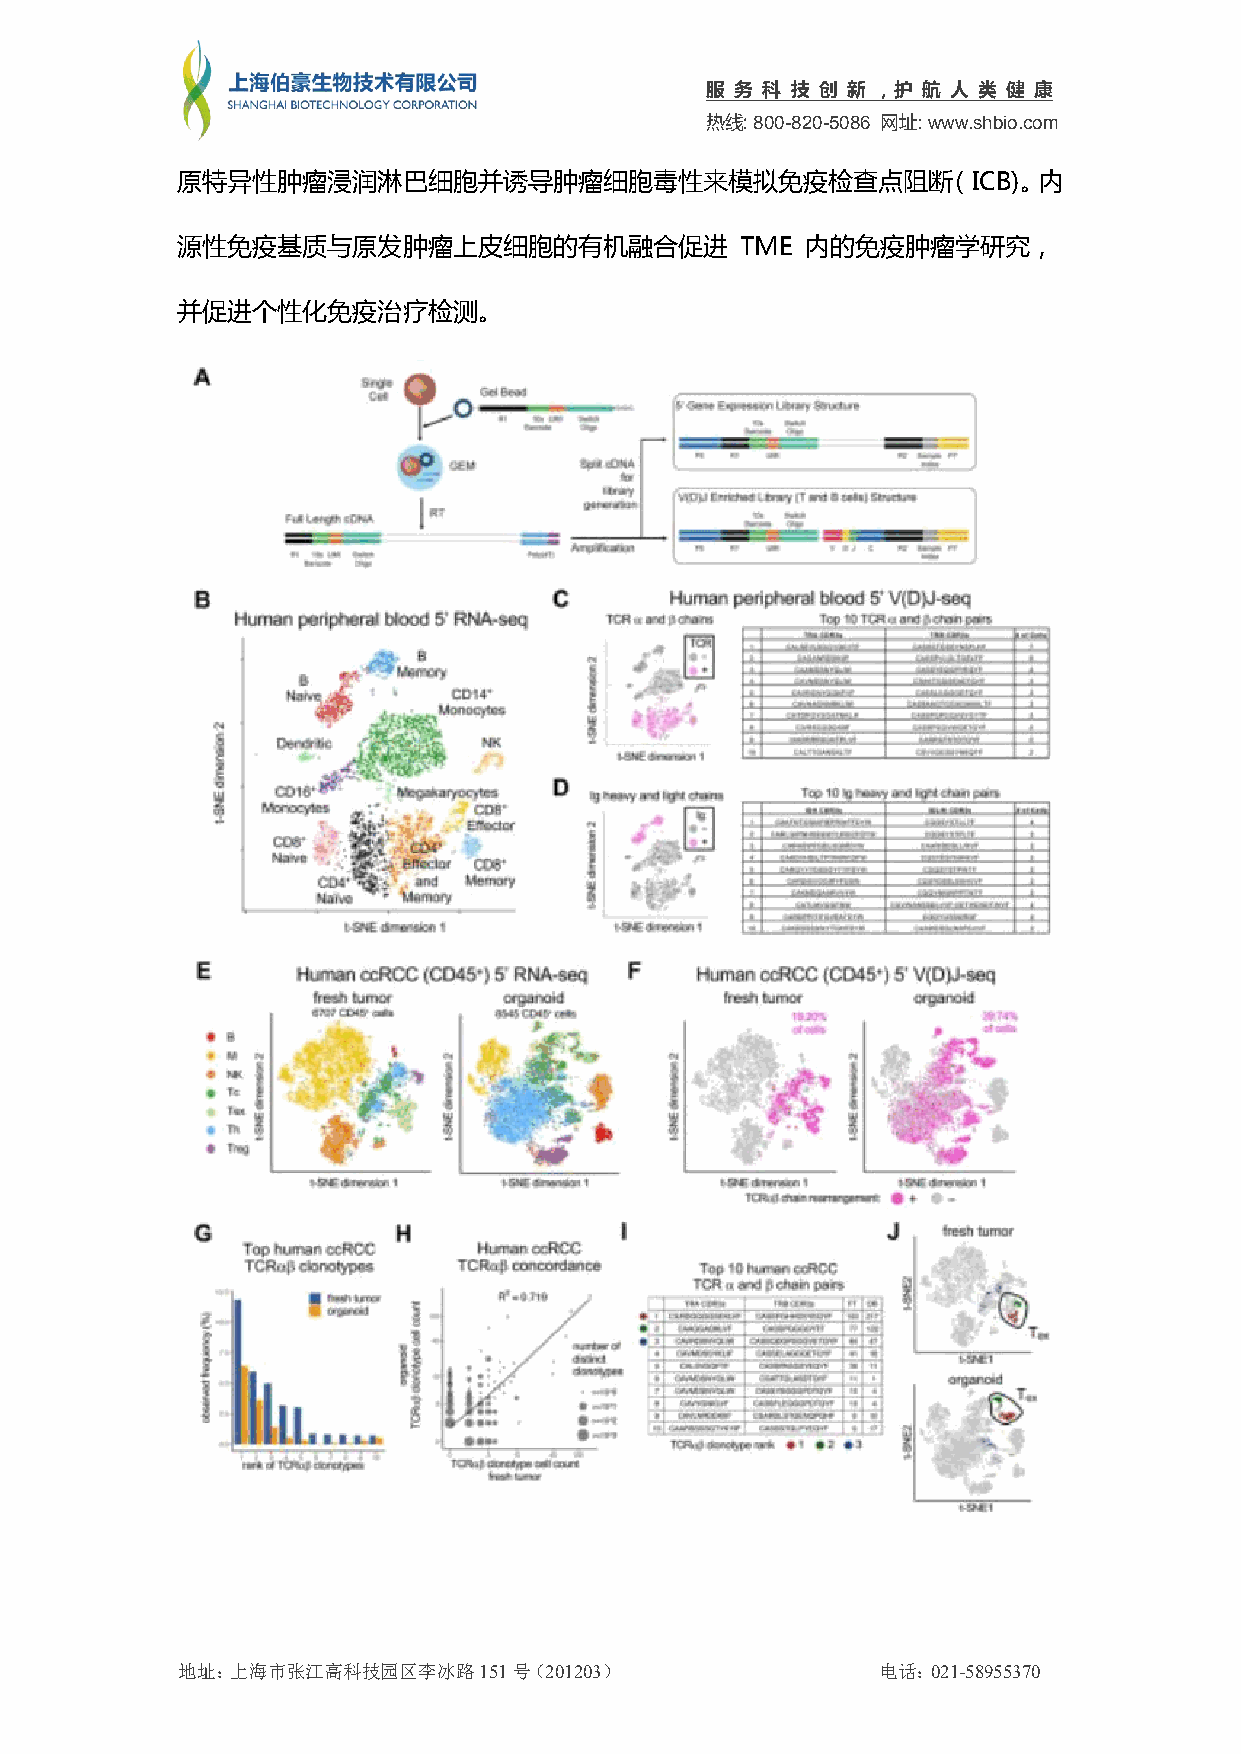
服 务 科 技 创 新 ，护 航 人 类 健 康
 热线:800-820-5086 网址:www.shbio.com
 原特异性肿瘤浸润淋巴细胞并诱导肿瘤细胞毒性来模拟免疫检查点阻断（ICB)。内
 源性免疫基质与原发肿瘤上皮细胞的有机融合促进               TME 内的免疫肿瘤学研究，
 并促进个性化免疫治疗检测。
 地址：上海市张江高科技园区李冰路151号（201203）                  电话：021-58955370